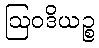
ဩဝဒိယဉ္စ